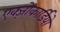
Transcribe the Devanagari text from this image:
एक्ज़ोकार्डियो